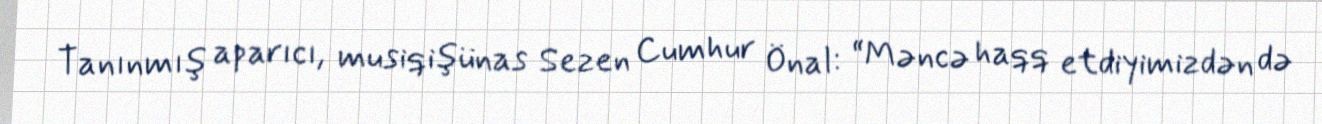
Tanınmış aparıcı, musiqişünas Sezen Cumhur Önal: “Məncə haqq etdiyimizdən də